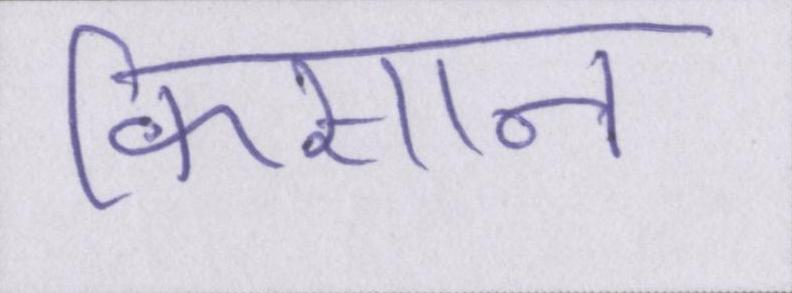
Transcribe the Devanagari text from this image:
किसान